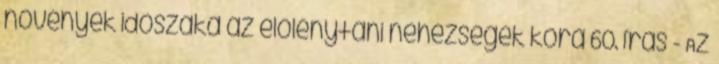
növények időszaka—az élőlénytani nehézségek kora 60. írás - Az